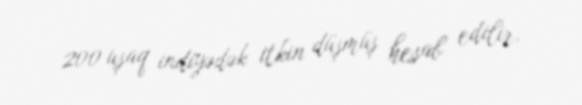
200 uşaq indiyədək itkin düşmüş hesab edilir.